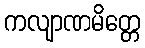
ကလျာဏမိတ္တေ